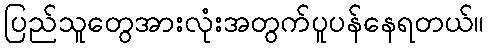
ပြည်သူတွေအားလုံးအတွက်ပူပန်နေရတယ်။